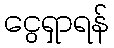
ငွေရှာရန်